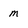
Character: m